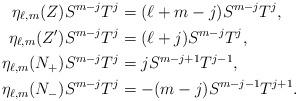
LaTeX: \begin{align*} \eta_{\ell,m}(Z)S^{m-j}T^j&=(\ell+m-j)S^{m-j}T^j,\\ \eta_{\ell,m}(Z')S^{m-j}T^j&=(\ell+j)S^{m-j}T^j,\\ \eta_{\ell,m}(N_+)S^{m-j}T^j&=jS^{m-j+1}T^{j-1},\\ \eta_{\ell,m}(N_-)S^{m-j}T^j&=-(m-j)S^{m-j-1}T^{j+1}.\end{align*}